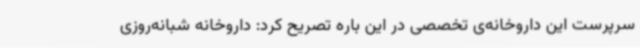
سرپرست این داروخانه‌ی تخصصی در این باره تصریح کرد: داروخانه شبانه‌روزی